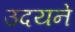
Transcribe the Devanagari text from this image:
उदयने